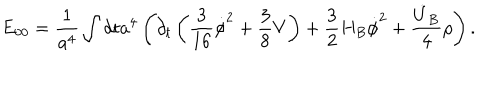
E _ { 0 0 } = \frac { 1 } { a ^ { 4 } } \int d t a ^ { 4 } \left( \partial _ { t } \left( \frac { 3 } { 1 6 } \dot { \phi } ^ { 2 } + \frac { 3 } { 8 } V \right) + \frac { 3 } { 2 } H _ { B } \dot { \phi } ^ { 2 } + \frac { \dot { U } _ { B } } { 4 } \rho \right) .